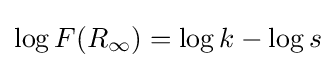
\log F(R_{\infty })=\log k-\log s